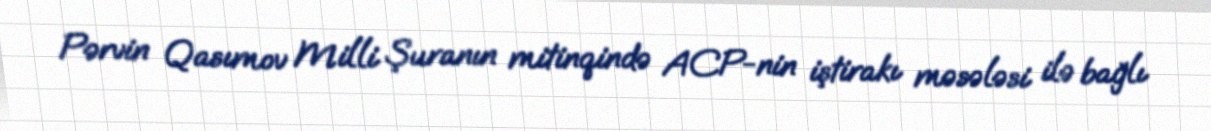
Pərvin Qasımov Milli Şuranın mitinqində ACP-nin iştirakı məsələsi ilə bağlı